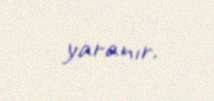
yaranır.